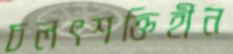
চলৎশক্তিহীন